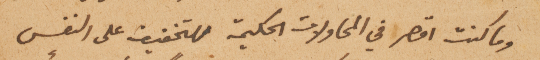
وما كنت اقصر في المحاولات الحكيمة للتخفيف على النفس